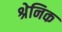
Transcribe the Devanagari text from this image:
श्रेनिक